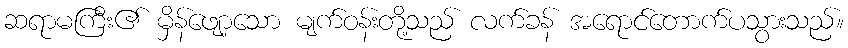
ဆရာမကြီး၏ မှိန်ဖျော့သော မျက်ဝန်းတို့သည် လက်ခန် အရောင်တောက်ပသွားသည်။